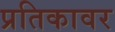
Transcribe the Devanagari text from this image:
प्रतिकावर